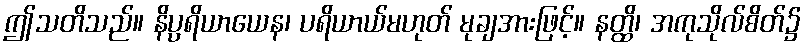
ဤသတိသည်။ နိပ္ပရိယာယေန၊ ပရိယာယ်မဟုတ် မုချအားဖြင့်။ နတ္ထိ၊ အကုသိုလ်စိတ်၌